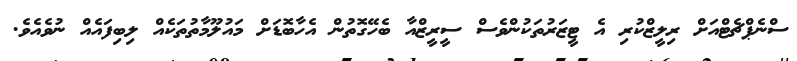
ސްނެޕްޗެޓްއަށް ރިލީޒްކުރި އެ ޓީޒަރުތަކުންވެސް ސީރީޒްއާ ބެހޭގޮތުން އެހާބޮޑަށް މައުލޫމާތުތަކެއް ލިބިފައެއް ނުވެއެވެ.